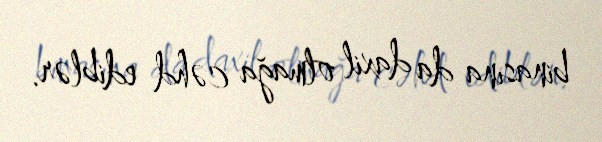
binasına da daxil olmağa cəhd ediblər.